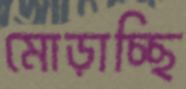
মোড়াচ্ছি